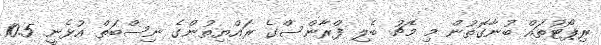
ރިޕޯޓުތައް ބުނާގޮތުން މި މެޗު ބެލި ފްރާންސްގެ ރައްޔިތުންގެ ނިސްބަތް އުޅެނީ 10.5